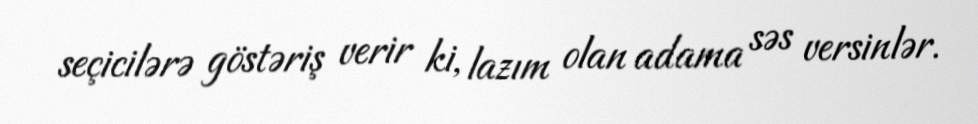
seçicilərə göstəriş verir ki, lazım olan adama səs versinlər.